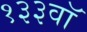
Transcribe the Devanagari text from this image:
१३३वॉ